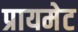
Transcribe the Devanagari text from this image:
प्रायमेट